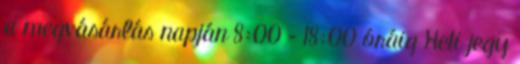
a megvásárlás napján 8:00 – 18:00 óráig Heti jegy